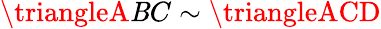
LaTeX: \triangleA\mathit{B}C\sim\triangleACD